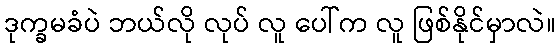
ဒုက္ခမခံပဲ ဘယ်လို လုပ် လူ ပေါ်က လူ ဖြစ်နိုင်မှာလဲ။